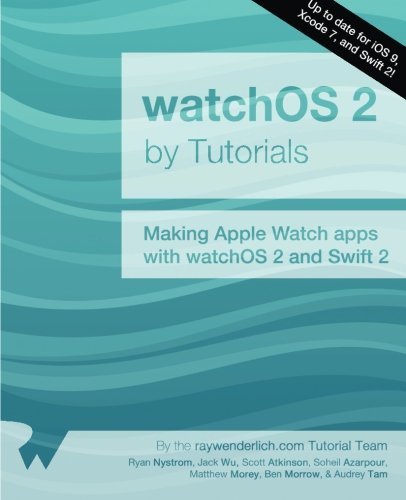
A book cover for watchOS 2 by Tutorials: Making Apple Watch apps with watchOS 2 and Swift 2; Ryan Nystrom; Computers & Technology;